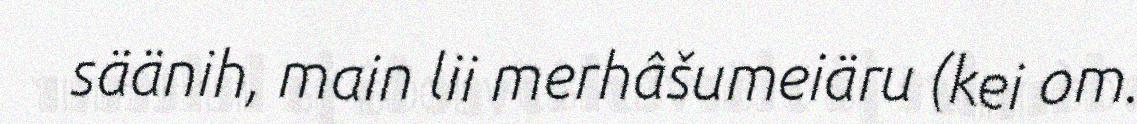
säänih, main lii merhâšumeiäru (kei om.